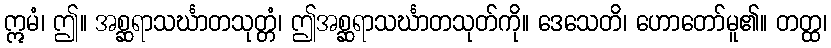
ဣမံ၊ ဤ။ အစ္ဆရာသင်္ဃာတသုတ္တံ၊ ဤအစ္ဆရာသင်္ဃာတသုတ်ကို။ ဒေသေတိ၊ ဟောတော်မူ၏။ တတ္ထ၊